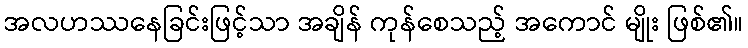
အလဟဿနေခြင်းဖြင့်သာ အချိန် ကုန်စေသည့် အကောင် မျိုး ဖြစ်၏။